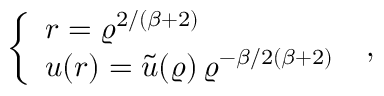
\left\{ \begin{array} { l } { { r = \varrho ^ { 2 / ( \beta + 2 ) } \nonumber } } \\ { { u ( r ) = \widetilde { u } ( \varrho ) \, \varrho ^ { - \beta / 2 ( \beta + 2 ) } } } \end{array} \right. \; ,